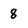
Character: 8